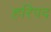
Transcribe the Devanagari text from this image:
हरिपद